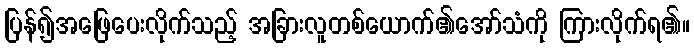
ပြန်၍အဖြေပေးလိုက်သည့် အခြားလူတစ်ယောက်၏အော်သံကို ကြားလိုက်ရ၏။